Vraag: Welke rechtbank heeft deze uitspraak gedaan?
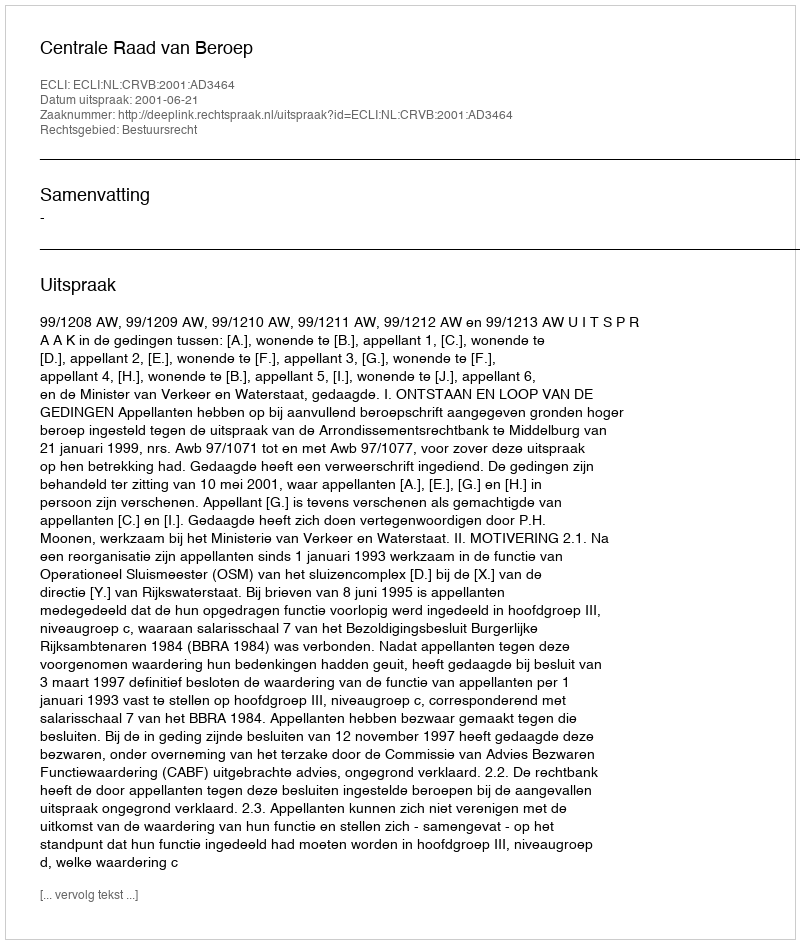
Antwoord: Centrale Raad van Beroep